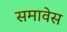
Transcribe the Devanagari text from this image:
समावेस